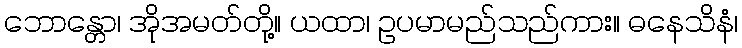
ဘောန္တော၊ အိုအမတ်တို့။ ယထာ၊ ဥပမာမည်သည်ကား။ ဓနေသိနံ၊